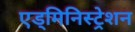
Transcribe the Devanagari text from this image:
एड्मिनिस्ट्रेशन